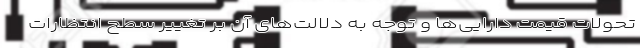
تحولات قیمت دارایی­ها و توجه به دلالت­های آن بر تغییر سطح انتظارات